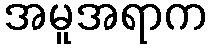
အမူအရာက